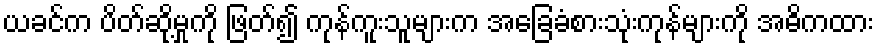
ယခင်က ပိတ်ဆို့မှုကို ဖြတ်၍ ကုန်ကူးသူများက အခြေခံစားသုံးကုန်များကို အဓိကထား